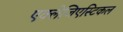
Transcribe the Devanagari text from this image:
एक्लेजिएस्टिकल